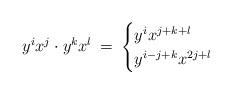
LaTeX: \begin{align*}y^i x^j \cdot y^k x^l\:=\:\begin{cases}y^i x^{j + k + l}&\\y^{i - j + k} x^{2j + l}&\end{cases}\end{align*}